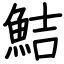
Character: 鮚